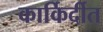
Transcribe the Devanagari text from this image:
कार्किर्दीत